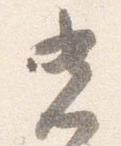
光